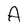
Character: A